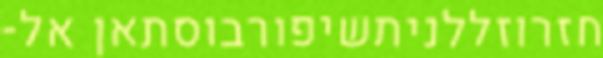
חזרוזללניתשיפורבוסתאן אל-